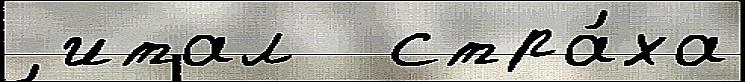
 итал  стра́ха